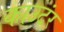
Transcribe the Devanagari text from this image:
काउटंर